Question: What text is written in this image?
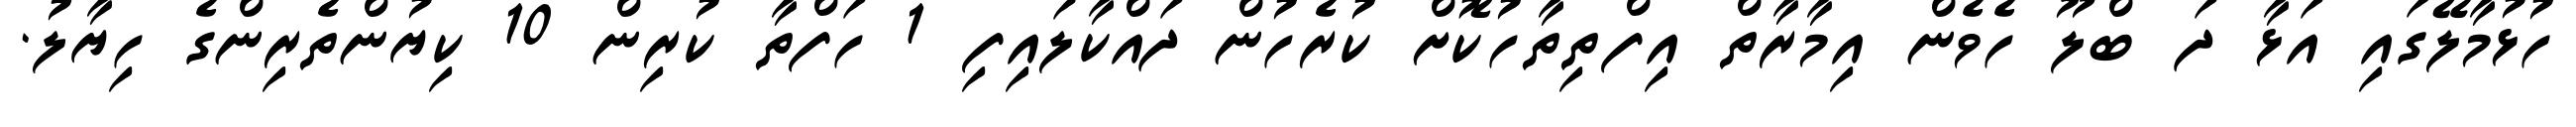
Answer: ހުޅުމާލޭގައި އަޅާ ދަ ބްލޫ ހެވެން އިމާރާތް އިފްތިތާހުކޮށް ކުރެހުން ދައްކާލައިފި 1 ހަފްތާ ކުރިން 10 ކިޔުންތެރިންގެ ހިޔާލު.